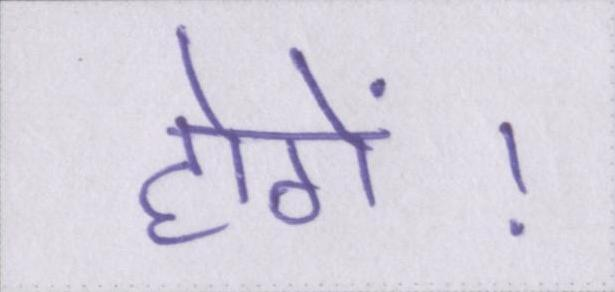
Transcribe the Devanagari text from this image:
होगें।